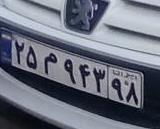
۲۵م۹۴۳۹۸